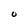
Character: O